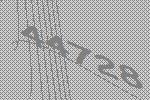
44728